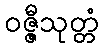
ဝဇ္ဇီသုတ္တံ